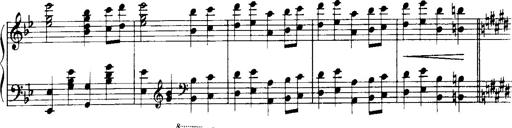
Title: Historische ungarische Bildnisse
Composer: Franz Liszt